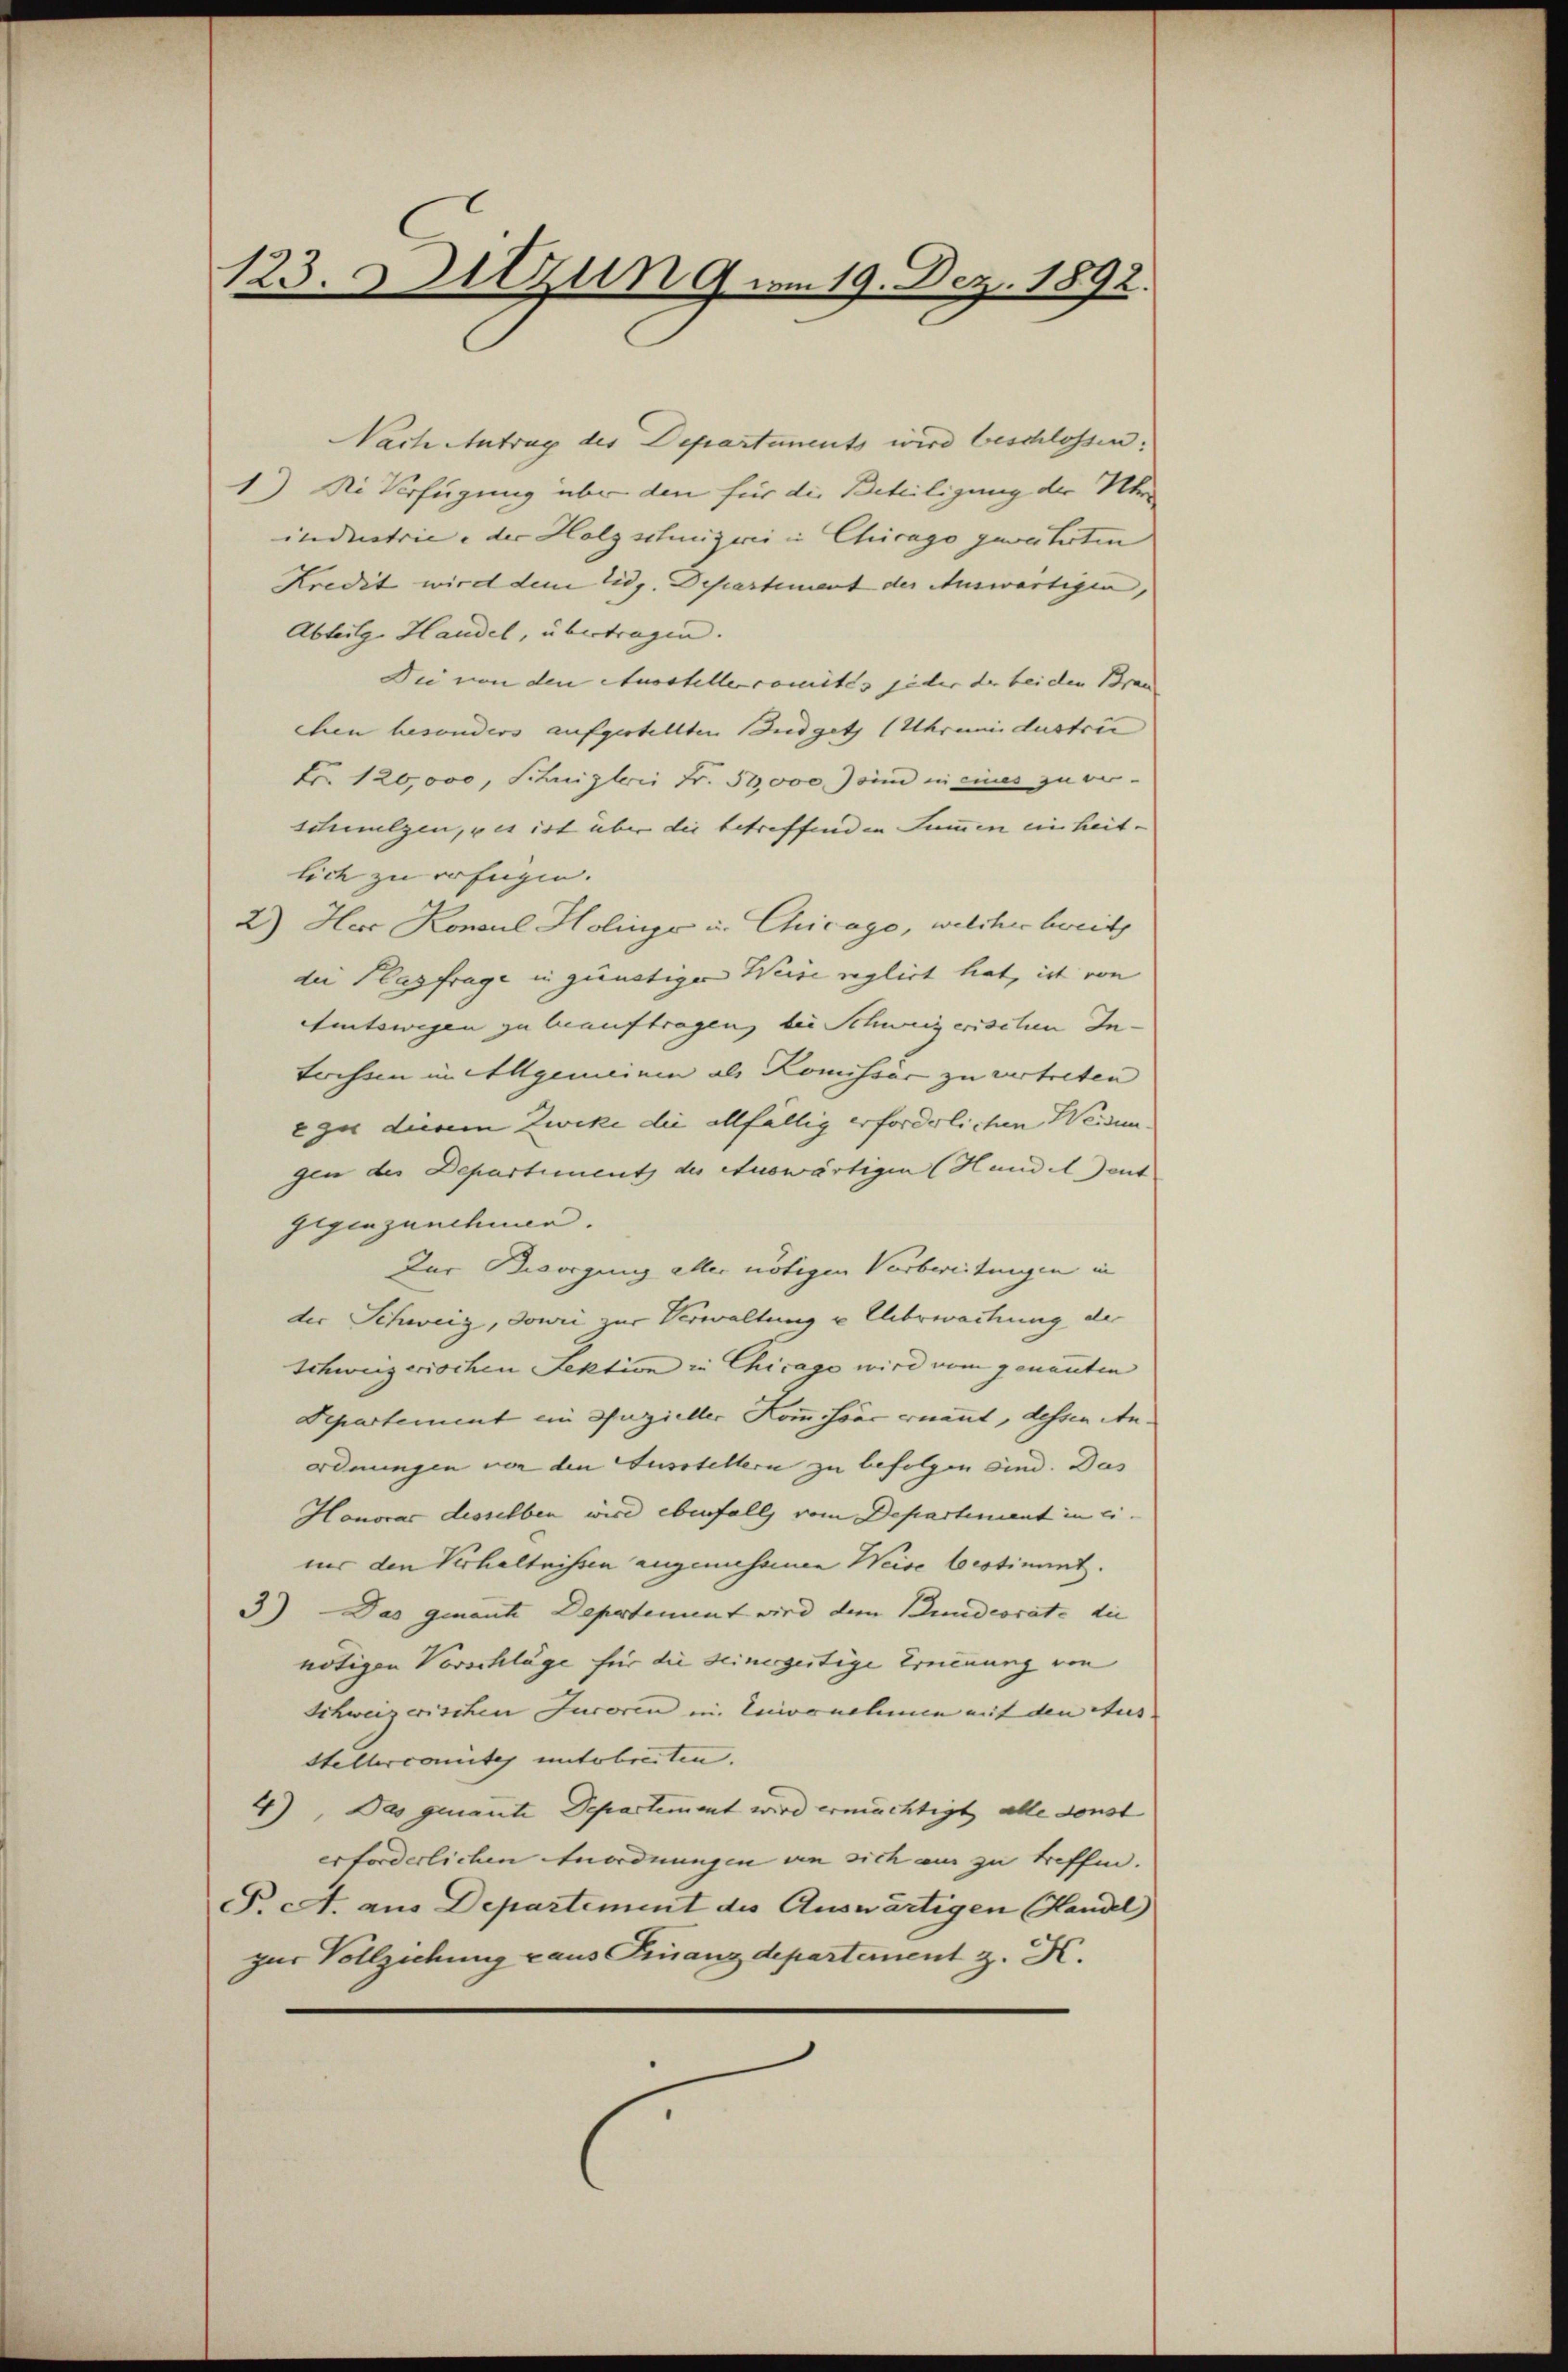
123. Dilzun 9 am 19. Dez. 1892.

Nach Antrag des Departements wird beschlossen:
1) Die Verfügung über den für die Beteiligung der Uhr
industrie, der Holzschnigerei in Chicago geweiterten
Kredit wird dem Eidg. Departement der Auswärtigen,
Abteilg. Handel, übertragen.
Die von den Ausstellercomites jeder der bei den Brau
chen besonders aufgestellten Budgetz (Uhrendustrie
Nr. 120,000, Schnizlei Fr. 50,000 sind in eines zu verschmalzen, u es ist über die betreffenden Summen einheit-
lich zu erfügen.
2) Herr Konsul Holinge u. Chicago, welcher bereits
die Klagfrage in günstiger Weise reglich hat, ist von
Amtswegen zu beauftragen, bei Schweizerischen In¬
Sechsen in Allgemeinen als Komissär zu vertreten
e zu diesem Zwike die allfällig erforderlichen Weiden
gen der Departiment des Auswärtigen (Handel ent
Gegenzanchinen.
Zur Bworgung aller nötigen Vorbereitungen in
der Schweiz, Jowri zur Verwaltung u Uhbewachung der
Schweizerischen Sektion in Chicago wird vom genannten
Departement ein Anzieller Kommissär ernannt, dessen Anordnungen von den Fusstellern zu befolgen sind. Das
Hanovac desselben wird ebenfalls vom Departement in einur den Verhältnissen angemessenen Weise bestimmt.
3) Das genante Departement wird dem Bundesrate die
nötigen Vorschläge für die seinergestige Ernenung von
Schweizerischen Jucorin in Enisnehmen mit den Aus
Stellercomite unterbreiten.
4) Das genante Departement wird ermächtigt, alle sonst
erforderlichen Anordnungen an sich am zu treffen.
F. A. aus Departement des Auswärtigen Handel
zur Vollziehung aus Finanzdepartement z. K.